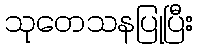
သုတေသနပြုပြီး